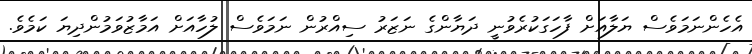
އެހެންނަމަވެސް ޔަލާއަށް ފާހަގަކުރެވުނީ ދަޔާންގެ ނަޒަރު ސިއްރުން ނަމަވެސް ލުހާއަށް އަމާޒުވަމުންދިޔަ ކަމެވެ.